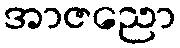
အာဇညော